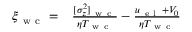
\begin{array} { r l } { \xi _ { \mathrm { ~ w ~ c ~ } } = } & { { } \frac { [ \sigma _ { z } ^ { 2 } ] _ { \mathrm { ~ w ~ c ~ } } } { \eta T _ { \mathrm { ~ w ~ c ~ } } } - \frac { u _ { \mathrm { ~ e ~ l ~ } } + V _ { 0 } } { \eta T _ { \mathrm { ~ w ~ c ~ } } } } \end{array}